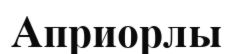
Априорлы